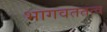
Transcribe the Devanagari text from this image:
भागवततत्व